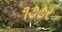
૧૭૭ર